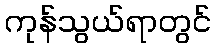
ကုန်သွယ်ရာတွင်